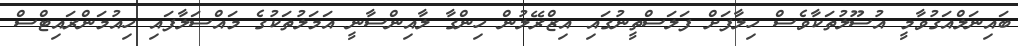
ބައިނަލްއަގުވާމީ އުސޫލުތަކާވެސް ހިލާފަށް ފަލަސްތީނުގައި އިޒްރޭލުން ހިންގާ ލާއިންސާނީ އަމަލުތަކުގެ މައްސަލާފައި ހިއުމަންރައިޓްސް